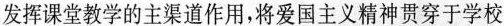
发挥课堂教学的主渠道作用，将爱国主义精神贯穿于学校